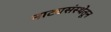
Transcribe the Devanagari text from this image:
नाट्यसंस्थेतून